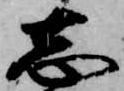
志